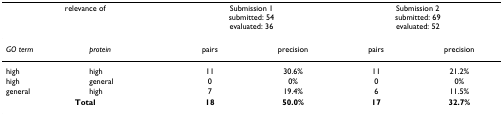
<table><thead><tr><td colspan="2"><b>relevance of</b></td><td colspan="2"><b>Submission 1submitted: 54evaluated: 36</b></td><td colspan="2"><b>Submission 2submitted: 69evaluated: 52</b></td></tr></thead><tbody><tr><td><i>GO term</i></td><td><i>protein</i></td><td>pairs</td><td>precision</td><td>pairs</td><td>precision</td></tr><tr><td>high</td><td>high</td><td>11</td><td>30.6%</td><td>11</td><td>21.2%</td></tr><tr><td>high</td><td>general</td><td>0</td><td>0%</td><td>0</td><td>0%</td></tr><tr><td>general</td><td>high</td><td>7</td><td>19.4%</td><td>6</td><td>11.5%</td></tr><tr><td colspan="2"><b>Total</b></td><td><b>18</b></td><td><b>50.0%</b></td><td><b>17</b></td><td><b>32.7%</b></td></tr></tbody></table>